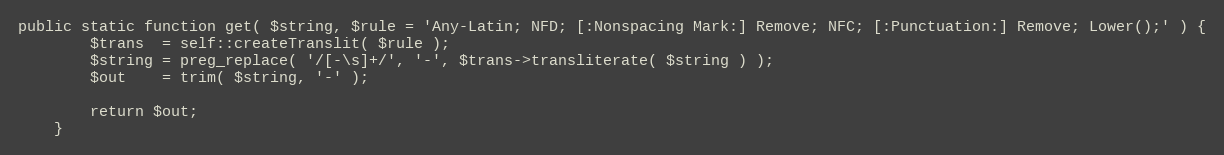
Language: PHP
public static function get( $string, $rule = 'Any-Latin; NFD; [:Nonspacing Mark:] Remove; NFC; [:Punctuation:] Remove; Lower();' ) {
		$trans  = self::createTranslit( $rule );
		$string = preg_replace( '/[-\s]+/', '-', $trans->transliterate( $string ) );
		$out    = trim( $string, '-' );

		return $out;
	}